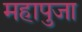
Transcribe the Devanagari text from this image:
महापुजा